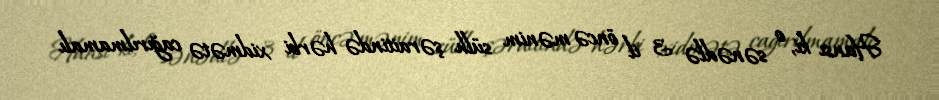
Hansı ki, o sənədlə 3 il öncə mənim sülh şəraitində hərbi xidmətə cağırılmamalı